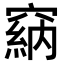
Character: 𥧩